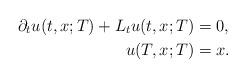
LaTeX: \begin{align*}\partial_tu(t,x;T)+L_tu(t,x;T)&=0,\\u(T,x;T)&=x.\end{align*}